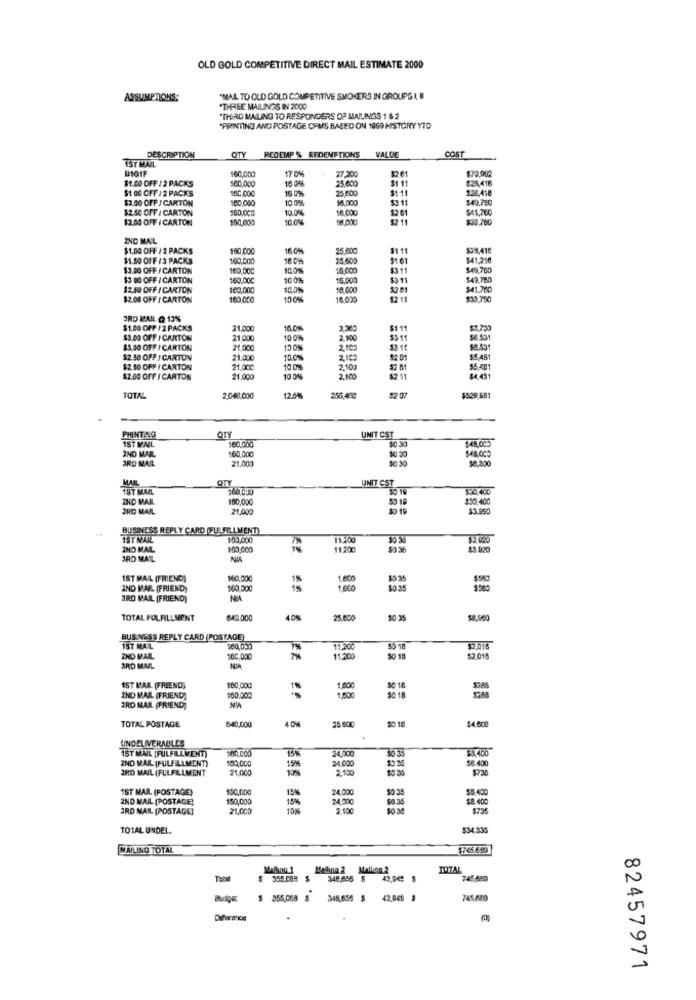
OLD GOLD COMPETITIVE DIRECT MAIL ESTIMATE 2000
ASSUMPTIONS:
"MAIL TO OLD GOLD COMPETITIVE SMOKERS IN GROUPS I, II
"THREE MAILINGS IN 2000
"THIRD MALLING TO RESPONDERS OF MAILINGS 1 & 2
"PRINTING AND POSTAGE CPUS BASED ON 1850 HISTORY YTD
QTY REDEMP % REDEMPTIONS
VALUE
COST
IST MAIL
DESCRIPTION
B101F
160,000
27,200
1261
$70,942
$1.00 OFF / 2 PACKS
100,000
17 0%
25.600
$1 11
$26,416
$1 00 OFF / 2 PACKS
100,000
16 0%
25,600
$1 11
$20.458
$3.00 OFF / CARTON
180,000
10 0%
16,000
$3 11
$49.750
$2.50 OFF / CARTON
10.0%
$2 61
$41.760
$2.00 OFF ( CARTON
150.000
10.0%
18,000
$2 11
INC MAIL
$1.00 OFF / 2 PACKS
180,000
16.0%
25,800
3111
$1.50 OFF 13 PACKS
100.000
18 0%
25.600
51 61
$41,210
$3.00 OFF / CARTON
160,000
10.0%
16.000
$49.760
$3 00 OFF / CARTON
160,00C
100%
15.000
$3 11
$49.760
12.50 OFF I CARTON
160,000
10.0%
18,00€
$2 51
$41.760
$2.00 OFF / CARTON
160,000
10 0%
16.020
12 11
3RD MAIL @ 13%
$1.00 OFF / 2 PACKS
21,000
16.0%
3,383
$111
$2.730
$3.00 OFF / CARTON
21,000
10 0%
2. 000
$5 11
56.531
$3.00 OFF / CARTON
21.000
150%
2.109
SE.531
$2. 50 OFF / CARTON
21,000
10.0%
2,100
$2 01
$5,481
$2 50 OFF / CARTON
21.00C
10 0%
2,103
$2 81
$5,481
$2.00 OFF / CARTON
21 000
10 0%%
2.100
$2.11
$4,431
TOTAL
2.048.000
12.5M
255,410
22 07
$529.651
PRINTING
QTY
UNIT CST
160,000
160.000
50.30
$48.000
2ND WAL
21.000
50 30
$0,300
3RD MAR
OTY
79T MAIL
160,000
UNIT CST
$30.400
ZND MAIL
150,000
50 19
830,400
3RD MAIL
21,00
$3.990
BUSINESS REPLY CARD (FULFILLMENT)
1ST MAIL
$53,000
11.200
30 36
2ND MAL
150,000
11.200
$3 36
$3 020
JRO MAL
18T MAIL (FRIEND)
160,000
1.600
335
IND MAL (FRIEND)
160,000
3RD MAIL (FRIEND)
TOTAL FULFILLMENT
649.000
40%
25.600
BUS NESS REPLY CARD (POSTAGE)
IST MAIL
11.20
SO 18
2ND MAIL
160,000
11.200
50 18
32,015
3RD MAIL
NDA
1ST MAR (FRIEND)
160,000
50 18
2ND MAIL (FRIEND)
160,000
1.600
3RD MAIL (FRIEND)
640,000
50 18
TOTAL POSTAGE
25 600
14.000
UNDELIVERABLES
1ST MAIL [FULFILLMENT)
100,000
15%
24,00
38.400
2ND MAIL (FULFILLMENT)
100,000
24.000
58.400
IRD MAIL (FULFILLMENT
21,000
15%
10%
2.100
$735
1ST MAIL (POSTAGE)
100,000
15%
24.000
50 35
2ND MAIL [POSTAGE)
150,000
15%
24.000
90.35
$8.400
JRD MAN [POSTAGE]
21,0CD
2.100
$736
TOTAL UNDEL.
$34.835
WATLING TOTAL
$745.6.59
TOTAL
Tobyl
355.088
348,045 $
745,689
$ 255,068 3 348,655 3 43,045 9
745,680
82457971